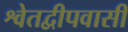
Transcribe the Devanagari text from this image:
श्वेतद्वीपवासी